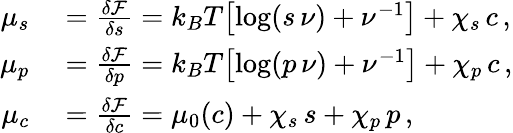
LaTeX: \begin{array}{rl}{\mu_{s}}&{{}=\frac{\delta\mathcal{F}}{\delta s}=k_{B}T\bigl[\log(s\, \nu)+\nu^{-1}\bigr]+\chi_{s}\, c\, ,}\\ {\mu_{p}}&{{}=\frac{\delta\mathcal{F}}{\delta p}=k_{B}T\bigl[\log(p\, \nu)+\nu^{-1}\bigr]+\chi_{p}\, c\, ,}\\ {\mu_{c}}&{{}=\frac{\delta\mathcal{F}}{\delta c}=\mu_{0}(c)+\chi_{s}\, s+\chi_{p}\, p\, ,}\end{array}